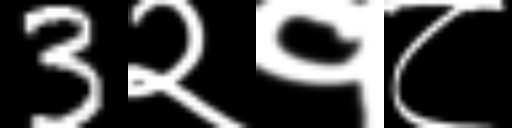
Text: 3२१८